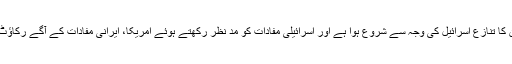
امریکا ایران کا تنازع اسرائیل کی وجہ سے شروع ہوا ہے اور اسرائیلی مفادات کو مد نظر رکھتے ہوئے امریکا، ایرانی مفادات کے آگے رکاؤٹ بنا ہوا ہے۔